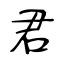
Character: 君